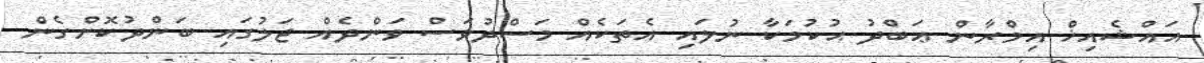
އައްޝެއިޚް އިމްރާން ޢަބްދު ޙުކުމަކާ ނުލައި އެތަކެއް މަސްދުވަސް ވަންދެއް ޖަލުގައި ބަންދުކޮށްގެން